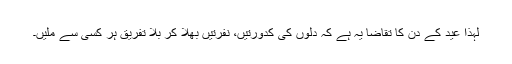
لہذا عید کے دن کا تقاضا یہ ہے کہ دلوں کی کدورتیں، نفرتیں بھلا کر بلا تفریق ہر کسی سے ملیں۔